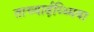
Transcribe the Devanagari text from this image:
ताच्यार्ढ़य्थ्मिया